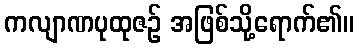
ကလျာဏပုထုဇဉ် အဖြစ်သို့ရောက်၏။